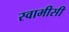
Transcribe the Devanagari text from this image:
स्वामीसी